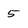
Character: 5